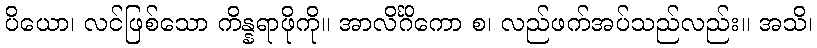
ပိယော၊ လင်ဖြစ်သော ကိန္နရာဖိုကို။ အာလိင်္ဂိကော စ၊ လည်ဖက်အပ်သည်လည်း။ အသိ၊